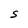
Character: S